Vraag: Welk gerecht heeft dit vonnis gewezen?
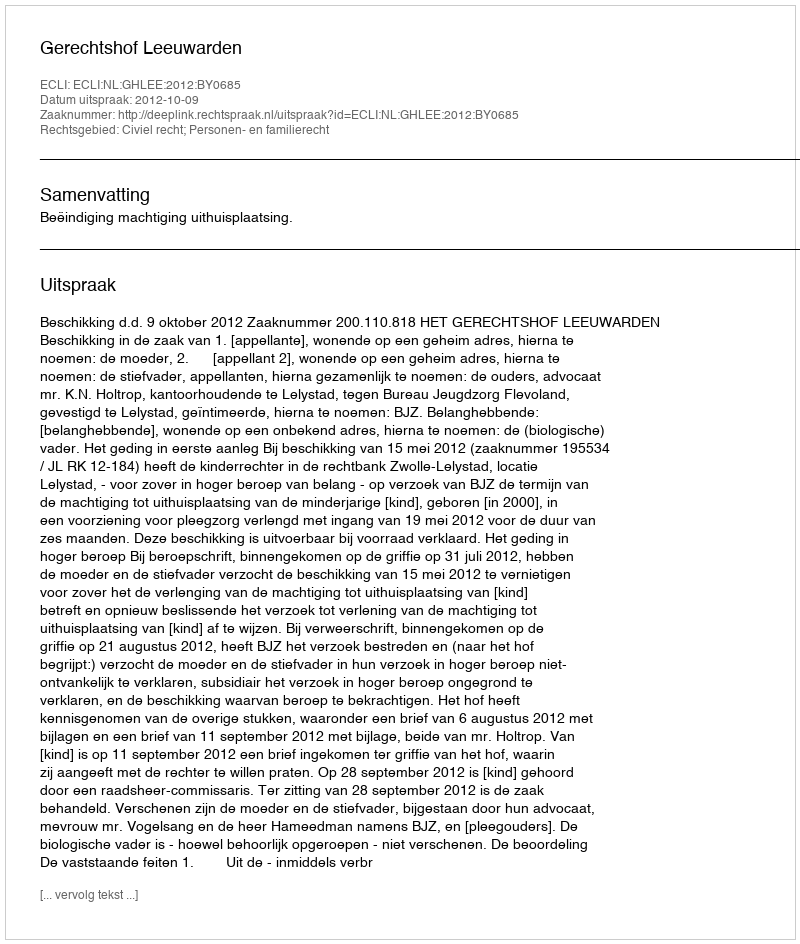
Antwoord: Gerechtshof Leeuwarden